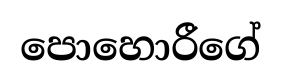
පොහොරීගේ